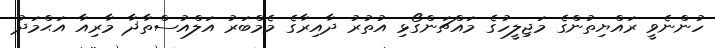
ހުންނެވީ ރައްޔިތުންގެ މަޖިލީހުގެ މައްޗަންގޯޅި އުތުރު ދާއިރާގެ މެމްބަރު އަލްއުސްތާޛާ މާރިއާ އަޙްމަދު